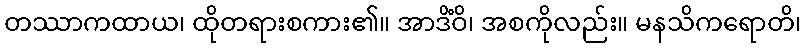
တဿာကထာယ၊ ထိုတရားစကား၏။ အာဒိံဝိ၊ အစကိုလည်း။ မနသိကရောတိ၊